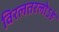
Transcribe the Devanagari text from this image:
विरलतरलोऽहं